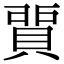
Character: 𧶻